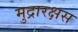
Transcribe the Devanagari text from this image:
मुद्रारक्षस